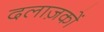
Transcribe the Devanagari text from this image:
दलाज़कों